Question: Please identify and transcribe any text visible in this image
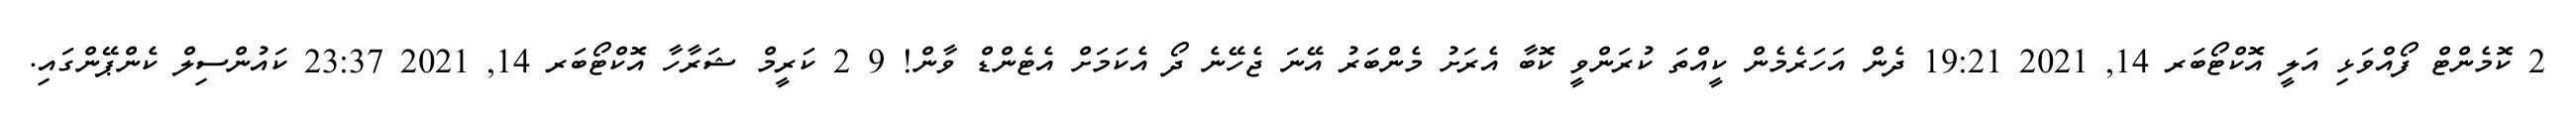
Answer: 2 ކޮމެންޓް ފޯއްވަޅި އަލީ އޮކްޓޯބަރ 14, 2021 19:21 ދެން އަހަރެމެން ކީއްތަ ކުރަންވީ ކޮބާ އެރަށު މެންބަރު އޭނަ ޖެހޭނެ ދޯ އެކަމަށް އެޓެންޑް ވާން! 9 2 ކަރީމް ޝަރާހާ އޮކްޓޯބަރ 14, 2021 23:37 ކައުންސިލް ކެންޕޭންގައި.